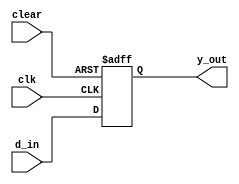
`timescale 1ns / 1ps
//////////////////////////////////////////////////////////////////////////////////
// Company: 
// Engineer: 
// 
// Design Name: 
// Module Name: dff_async_clear
// Project Name: 
// Target Devices: 
// Tool Versions: 
// Description: 
// 
// Dependencies: 
// 
// Revision:
// Revision 0.01 - File Created
// Additional Comments:
// 
//////////////////////////////////////////////////////////////////////////////////
module dff_async_clear(
   output   reg   y_out,
   input          d_in,
   input          clk,
   input          clear   
);
  
always @(posedge clk, negedge clear)
begin
   if(!clear)
      y_out <= 'b0;
   else 
      y_out <= d_in;      
end    
endmodule